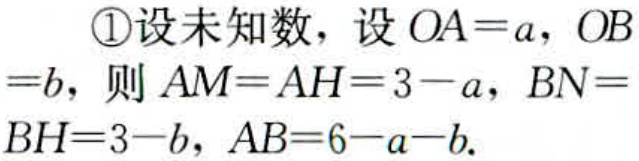
\textcircled{1}设未知数，设 \(OA = a\)，\(OB = b\)，则 \(AM = AH = 3 - a\)，\(BN = BH = 3 - b\)，\(AB = 6 - a - b\).